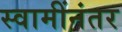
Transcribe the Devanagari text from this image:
स्वामींनंतर